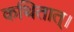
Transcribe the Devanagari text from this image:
कथितात्।